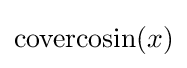
\operatorname {covercosin} (x)